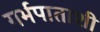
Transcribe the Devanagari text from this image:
गर्भपाताशी